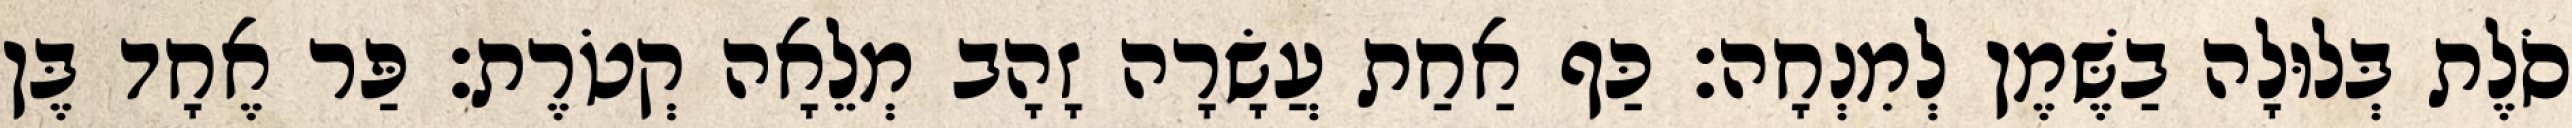
סֹלֶת בְּלוּלָה בַשֶּׁמֶן לְמִנְחָה׃ כַּף אַחַת עֲשָׂרָה זָהָב מְלֵאָה קְטֹרֶת׃ פַּר אֶחָד בֶּן